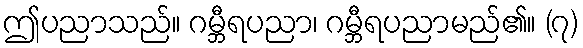
ဤပညာသည်။ ဂမ္ဘီရပညာ၊ ဂမ္ဘီရပညာမည်၏။ (၇)